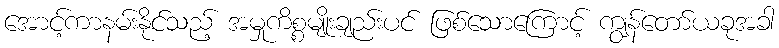
အောင့်ကာနမ်းနိုင်သည့် အမှုကိစ္စမျိုးချည်းပင် ဖြစ်သောကြောင့် ကျွန်တော်ယခုအခါ